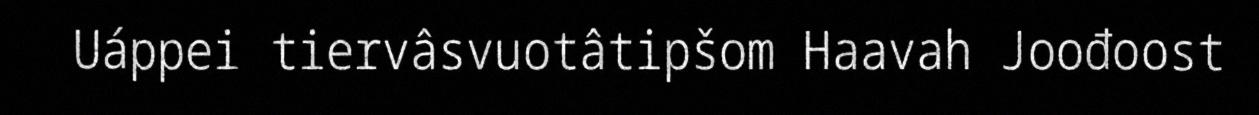
Uáppei tiervâsvuotâtipšom Haavah Joođoost